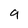
Character: 9